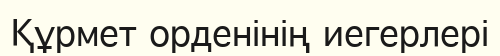
Құрмет орденінің иегерлері